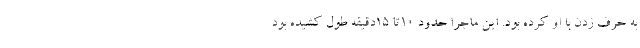
به حرف زدن با او کرده بود. این ماجرا حدود ۱۰تا ۱۵دقیقه طول کشیده بود